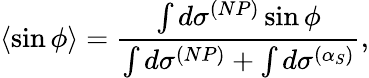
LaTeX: \langle\sin\phi\rangle=\frac{\int d\sigma^{(NP)}\sin\phi}{\int d\sigma^{(NP)}+\int d\sigma^{(\alpha_{S})}},